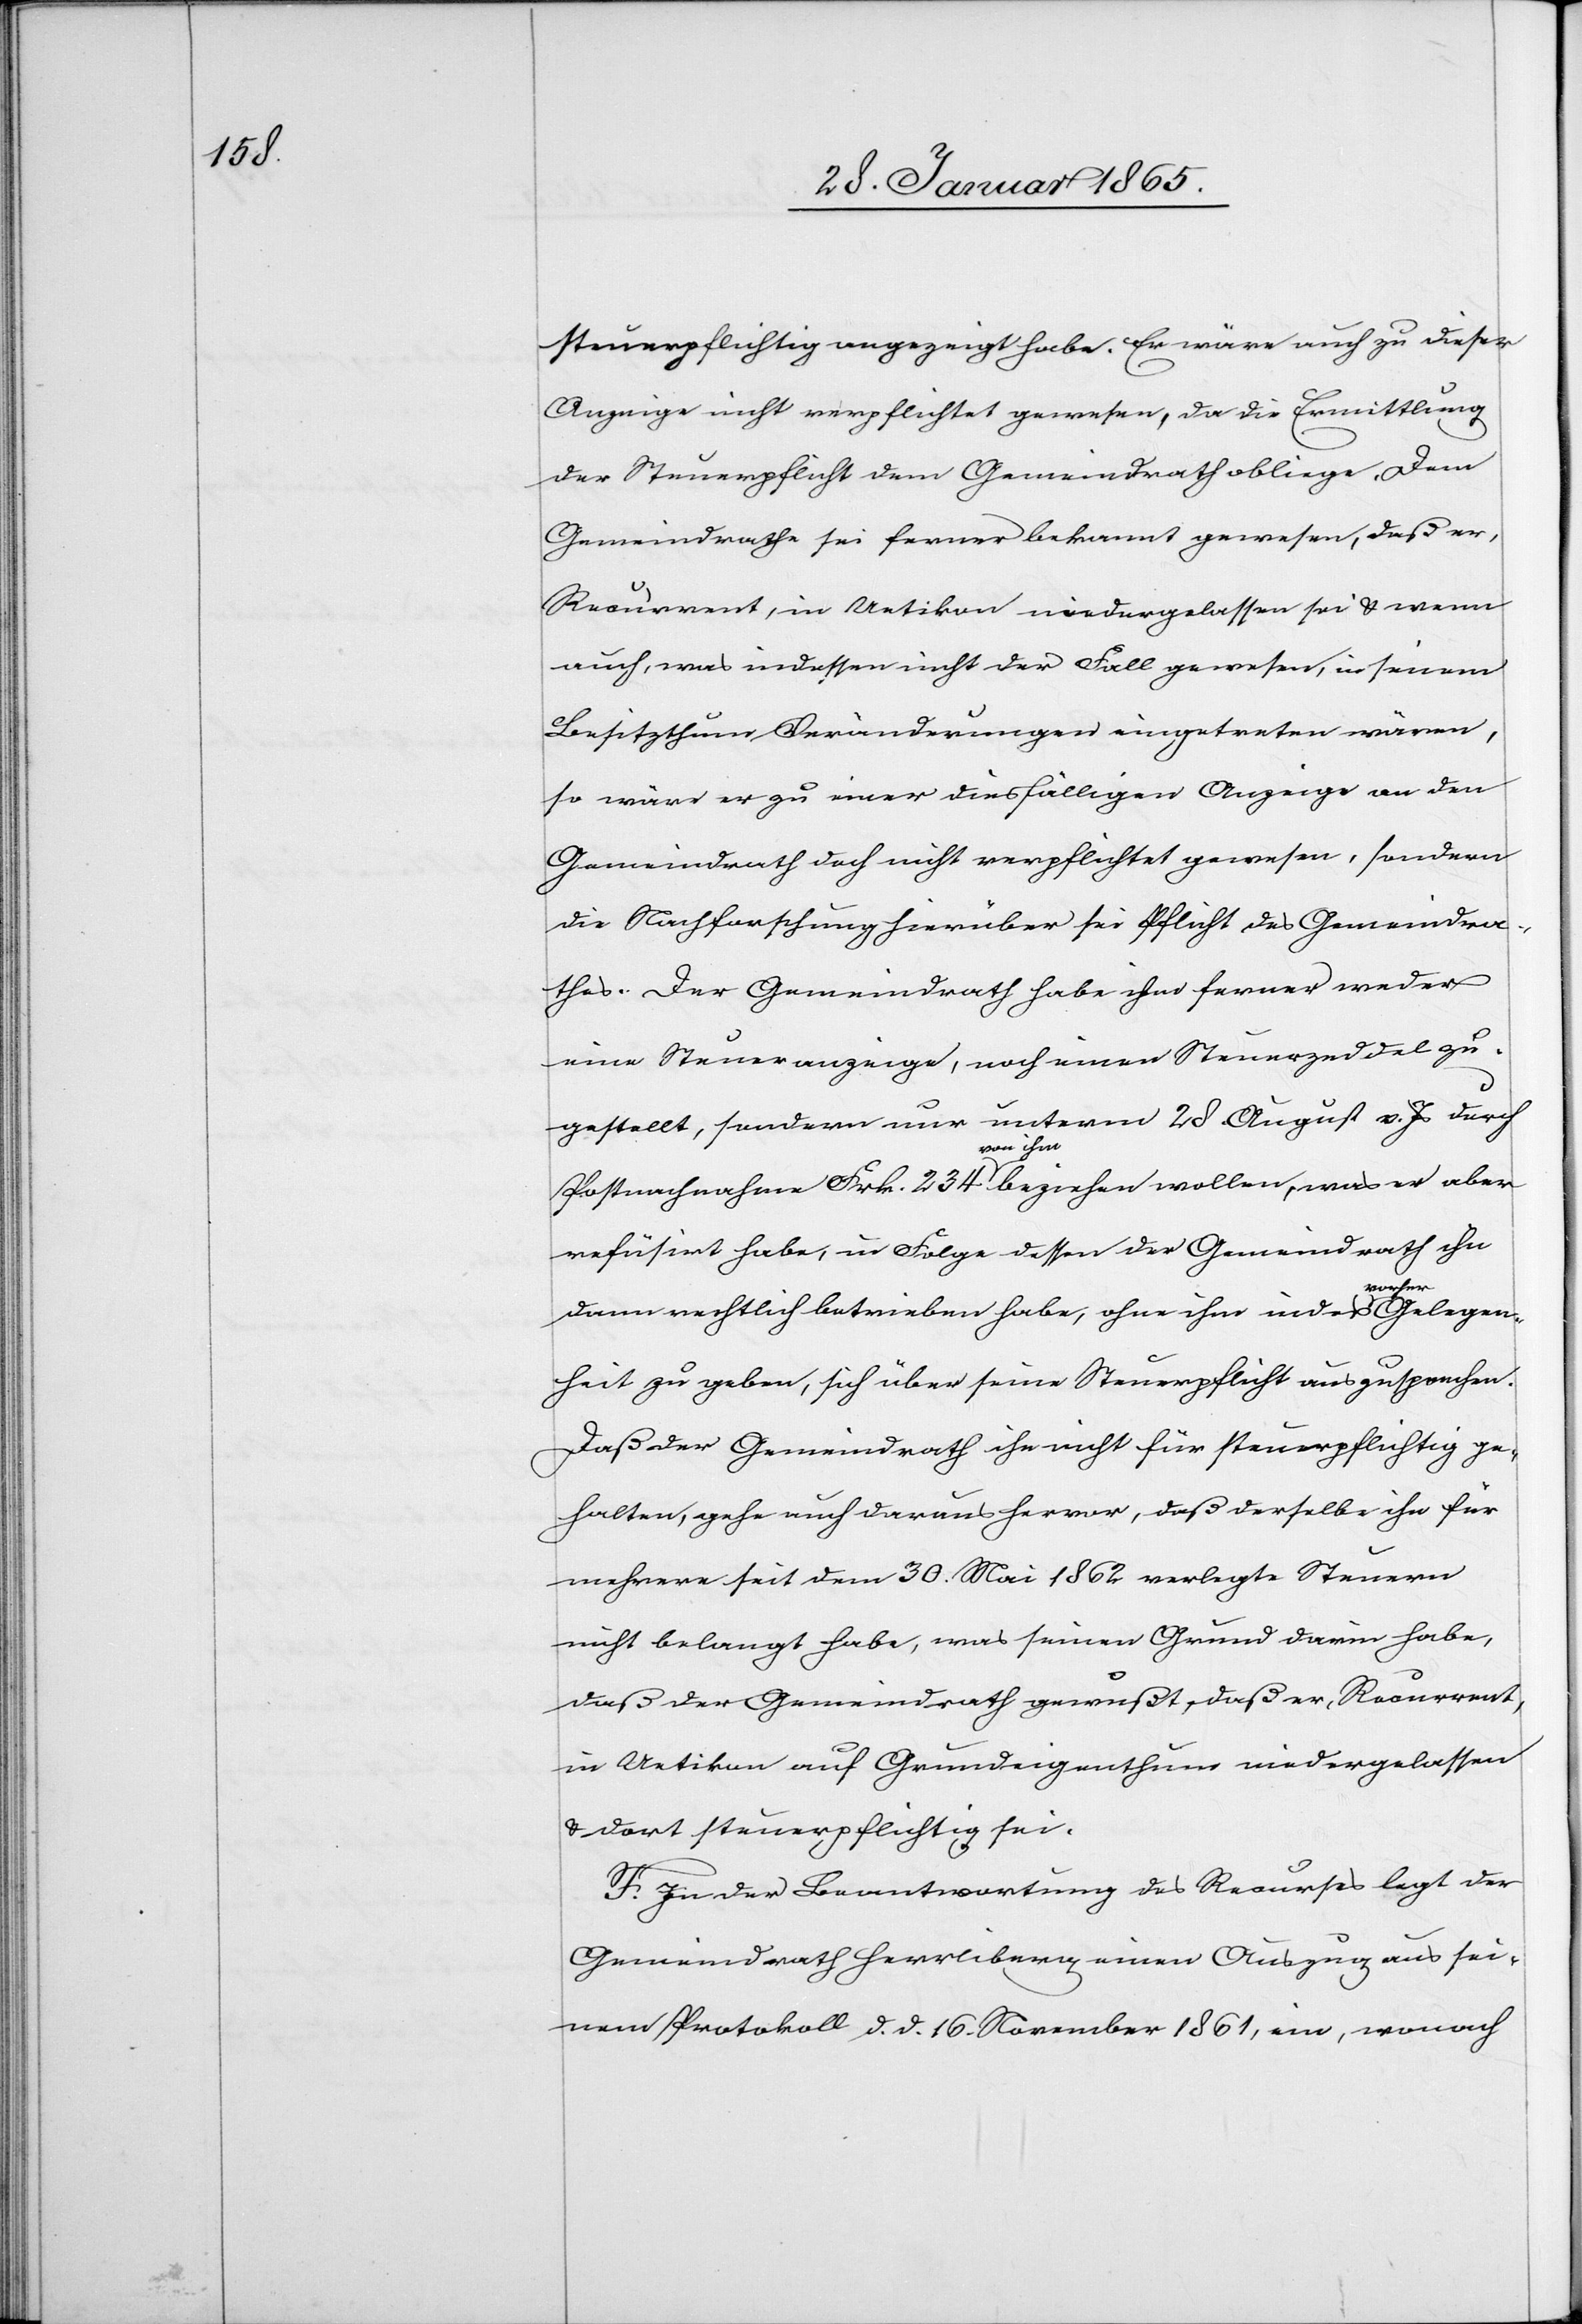
steuerpflichtig angezeigt habe. Er wäre auch zu dieser
Anzeige nicht verpflichtet gewesen, da die Ermittlung
der Steuerpflicht dem Gemeindrath obliege. Dem
Gemeindrathe sei ferner bekannt gewesen, daß er,
Recurrent, in Uetikon niedergelassen sei u. wenn
auch, was indessen nicht der Fall gewesen, in seinem
Besitzthum Veränderungen eingetreten wären,
so wäre er zu einer diesfälligen Anzeige an den
Gemeindrath doch nicht verpflichtet gewesen, sondern
die Nachforschung hierüber sei Pflicht des Gemeindra¬
thes. Der Gemeindrath habe ihm ferner weder
eine Steueranzeige, noch einen Steuerzeddel zu¬
gestellt, sondern nur unterm 28. August v. Js durch
Postnachnahme Frk. 234 von ihm beziehen wollen, was er aber
refüsirt habe, in Folge dessen der Gemeindrath ihn
dann rechtlich betrieben habe, ohne indes vorher Gelegen¬
heit zu geben, sich über seine Steuerpflicht auszusprechen.
Daß der Gemeindrath ihn nicht für steuerpflichtig ge¬
halten, gehe auch daraus hervor, daß derselbe ihn für
mehrere seit dem 30. Mai 1862 verlegte Steuern
nicht belangt habe, was seinen Grund darin habe,
daß der Gemeindrath gewußt, daß er, Recurrent,
in Uetikon auf Grundeigenthum niedergelassen
u. dort steuerpflichtig sei.
F. In der Beantwortung des Recurses legt der
Gemeindrath Herrliberg einen Auszug aus sei¬
nem Protokoll d. d. 16. November 1861, ein, wonach